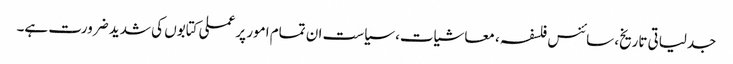
جدلیاتی تاریخ، سائنس فلسفہ ، معاشیات، سیاست ان تمام امور پر عملی کتابوں کی شدید ضرورت ہے۔